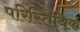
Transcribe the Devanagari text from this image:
परिस्तिथिक